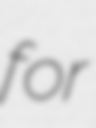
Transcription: for